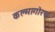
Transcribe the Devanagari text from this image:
कल्मागोरफ